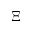
\Xi